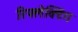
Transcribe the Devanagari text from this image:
रिफ्लेक्टिंग